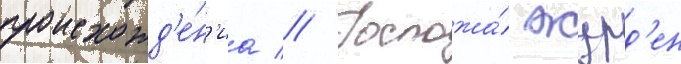
происхожд'е́н'иа // Госпожа́ журд'ен